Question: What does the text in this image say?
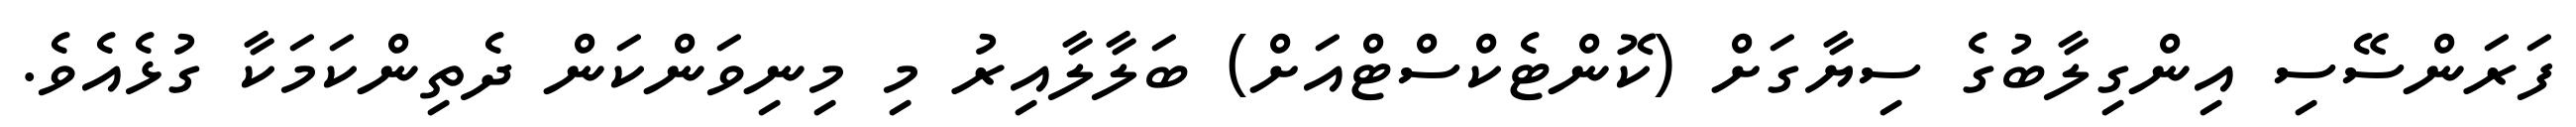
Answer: ފަރަންސޭސި އިންގިލާބުގެ ސިޔާގަށް (ކޮންޓެކްސްޓްއަށް) ބަލާލާއިރު މި މިނިވަންކަން ދެތިންކަމަކާ ގުޅެއެވެ.